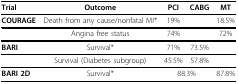
<table><thead><tr><td><b>Trial</b></td><td><b>Outcome</b></td><td><b>PCI</b></td><td><b>CABG</b></td><td><b>MT</b></td></tr></thead><tbody><tr><td><b>COURAGE</b></td><td>Death from any cause/nonfatal MI*</td><td>19%</td><td></td><td>18.5%</td></tr><tr><td></td><td>Angina free status</td><td>74%</td><td></td><td>72%</td></tr><tr><td><b>BARI</b></td><td>Survival*</td><td>71%</td><td>73.5%</td><td></td></tr><tr><td></td><td>Survival (Diabetes subgroup)</td><td>45.5%</td><td>57.8%</td><td></td></tr><tr><td><b>BARI 2D</b></td><td>Survival*</td><td colspan="2">88.3%</td><td>87.8%</td></tr></tbody></table>